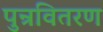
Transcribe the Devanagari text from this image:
पुन्रवितरण